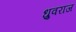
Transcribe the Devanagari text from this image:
ध्रुवराज